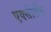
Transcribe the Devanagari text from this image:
एक्सीलेँस